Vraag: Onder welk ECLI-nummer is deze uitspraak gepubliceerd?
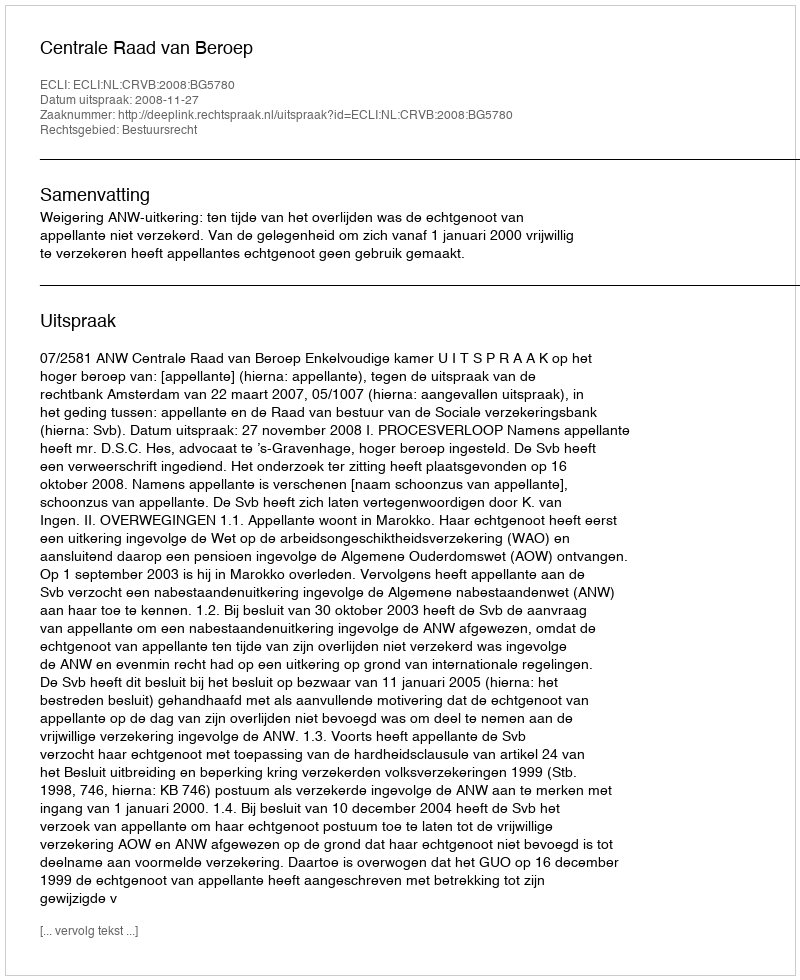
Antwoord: ECLI:NL:CRVB:2008:BG5780